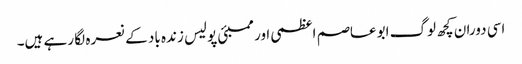
اسی دوران کچھ لوگ ابوعاصم اعظمی اور ممبئی پولیس زندہ باد کے نعرہ لگا رہے ہیں۔